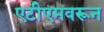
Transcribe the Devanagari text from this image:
एटीएमवरून